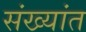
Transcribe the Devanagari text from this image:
संख्यांत